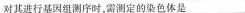
对其进行基因组测序时，需测定的染色体是___